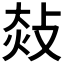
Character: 𢽀